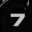
Digit: 7